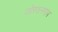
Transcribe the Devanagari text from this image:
जोरकसपण